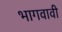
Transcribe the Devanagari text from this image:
भागवावी